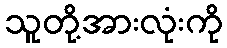
သူတို့အားလုံးကို